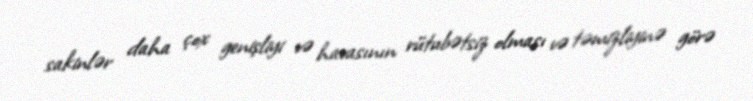
sakinlər daha çox genişliyi və havasının rütubətsiz olması və təmizliyinə görə